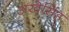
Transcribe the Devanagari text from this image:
अखेसिंह